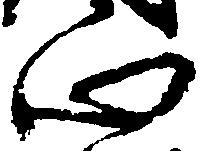
心